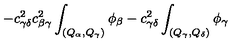
- c _ { \gamma \delta } ^ { 2 } c _ { \beta \gamma } ^ { 2 } \int _ { ( Q _ { \alpha } , Q _ { \gamma } ) } \phi _ { \beta } - c _ { \gamma \delta } ^ { 2 } \int _ { ( Q _ { \gamma } , Q _ { \delta } ) } \phi _ { \gamma }